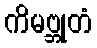
ကိမဗ္ဘုတံ